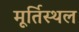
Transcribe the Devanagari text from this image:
मूर्तिस्थल